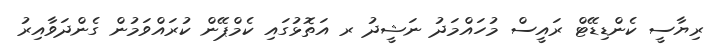
ރިޔާސީ ކެންޑިޑޭޓް ރައީސް މުހައްމަދު ނަޝީދު ރ އަތޮޅުގައި ކެމްޕޭން ކުރައްވަމުން ގެންދަވާއިރު